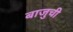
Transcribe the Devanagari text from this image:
बाजुची